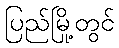
ပြည်မြို့တွင်